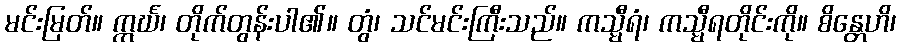
မင်းမြတ်။ ဣင်္ဃ၊ တိုက်တွန်းပါ၏။ တွံ၊ သင်မင်းကြီးသည်။ ကသ္မီရံ၊ ကသ္မီရတိုင်းကို။ စိန္တေဟိ၊